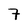
Character: 7